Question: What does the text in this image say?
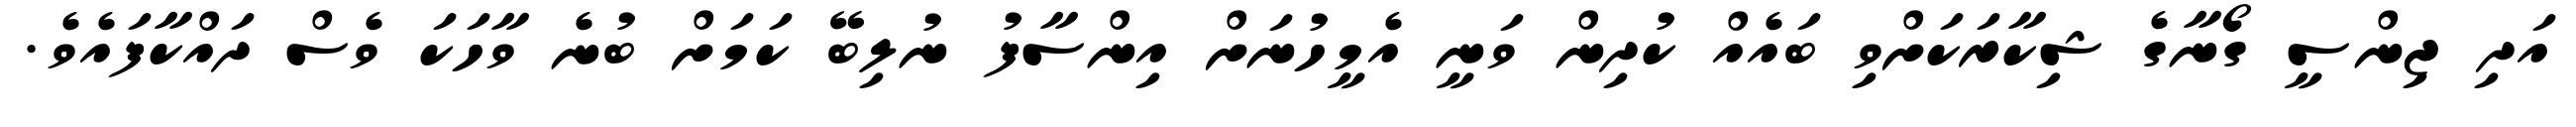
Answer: އަދި ޖިންސީ ގޯނާގެ ޝިކާރަކަށްވި ބައެއް ކުދިން ވަނީ އެމީހުނަށް އިންސާފު ނުލިބޭ ކަމަށް ބުނެ ވާހަކަ ވެސް ދައްކާފައެވެ.